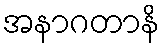
အနာဂတာနိ